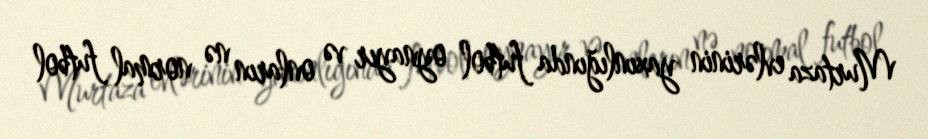
Murtaza evlərinin yaxınlığında futbol oynayır və onların nə normal futbol